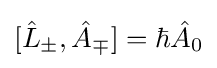
[{\hat {L}}_{\pm },{\hat {A}}_{\mp }]=\hbar {\hat {A}}_{0}